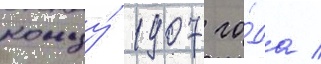
концу́ 1907 го́да /